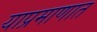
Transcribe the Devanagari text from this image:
याप्रमाणात